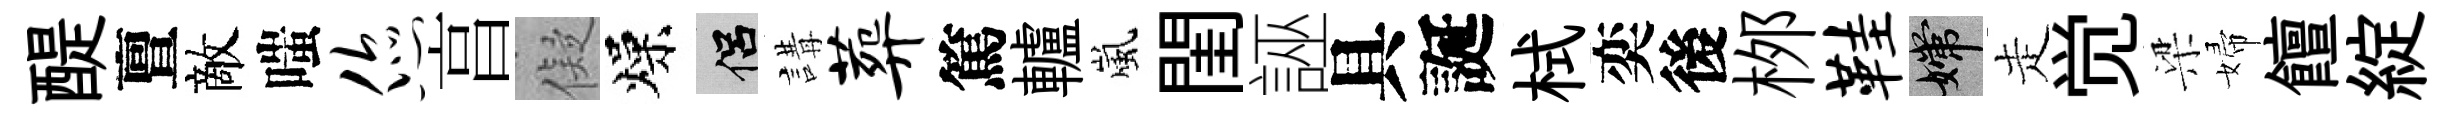
醍亶敵嗤您亯儗燥侣講葬篤轤嵐閨誣具誕栻奕後桞鞋嫦走觉梁婦饘綻